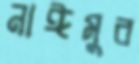
নাঈমুর